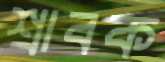
শ্রাবক